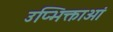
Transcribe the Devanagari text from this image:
उप्भिक्ताओं